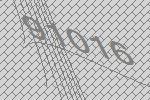
91016